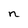
Character: n